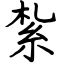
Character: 紮